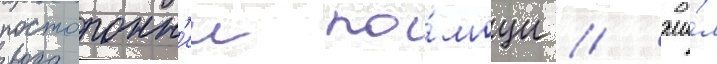
посторонн'еи по́мощи / жи́л